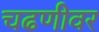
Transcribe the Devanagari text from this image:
चढणीवर